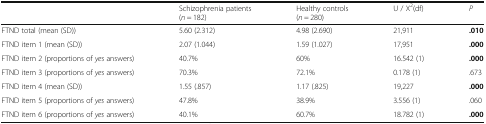
|  | Schizophrenia patients (n = 182) | Healthy controls (n = 280) | U / X2(df) | P |
 | --- | --- | --- | --- | --- |
 | FTND total (mean (SD)) | 5.60 (2.312) | 4.98 (2.690) | 21,911 | .010 |
 | FTND item 1 (mean (SD)) | 2.07 (1.044) | 1.59 (1.027) | 17,951 | .000 |
 | FTND item 2 (proportions of yes answers) | 40.7% | 60% | 16.542 (1) | .000 |
 | FTND item 3 (proportions of yes answers) | 70.3% | 72.1% | 0.178 (1) | .673 |
 | FTND item 4 (mean (SD)) | 1.55 (.857) | 1.17 (.825) | 19,227 | .000 |
 | FTND item 5 (proportions of yes answers) | 47.8% | 38.9% | 3.556 (1) | .060 |
 | FTND item 6 (proportions of yes answers) | 40.1% | 60.7% | 18.782 (1) | .000 |